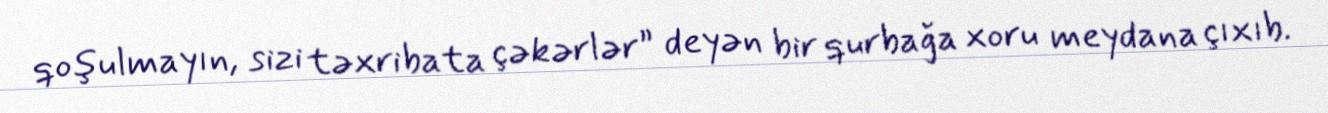
qoşulmayın, sizi təxribata çəkərlər” deyən bir qurbağa xoru meydana çıxıb.